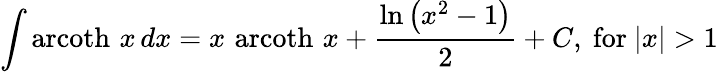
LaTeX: \int\operatorname{arcoth}\, x\, dx=x\, \operatorname{arcoth}\, x+{\frac{\ln\left(x^{2}-1\right)}{2}}+C,{\mathrm{~for~}}\vert x\vert>1